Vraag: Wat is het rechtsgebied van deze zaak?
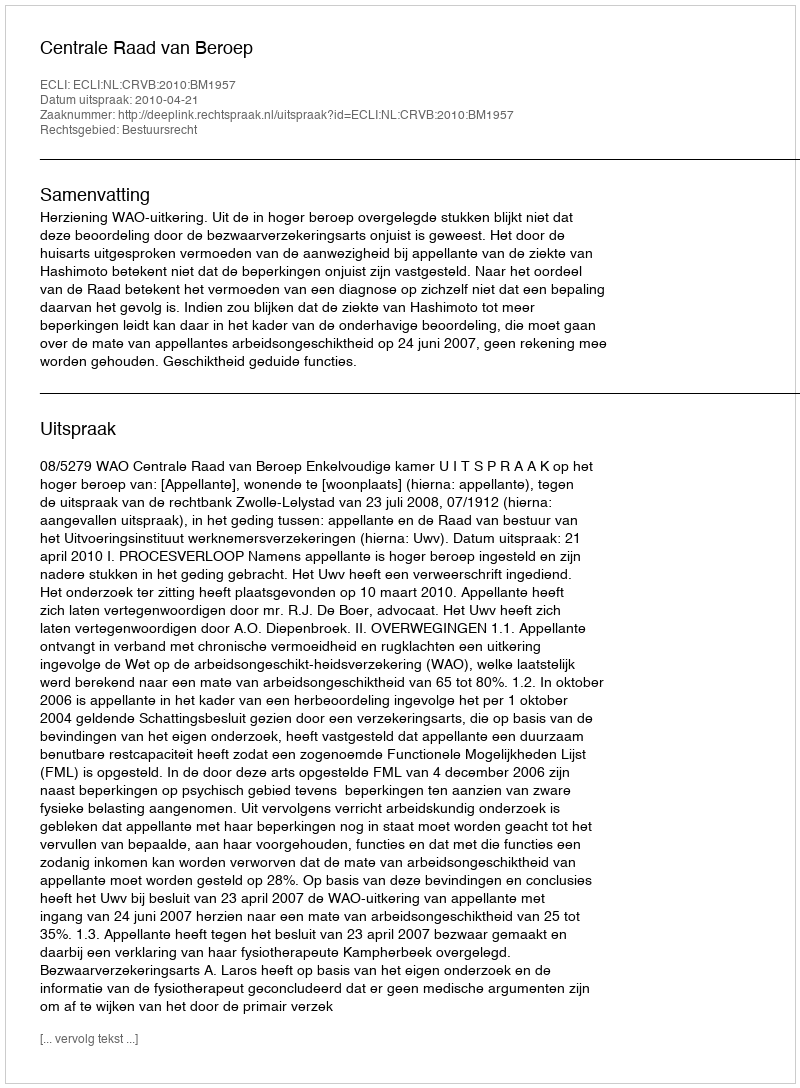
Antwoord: Bestuursrecht